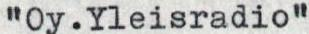
"Oy.Yleisradio"